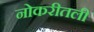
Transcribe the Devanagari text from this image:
नोकरीतली